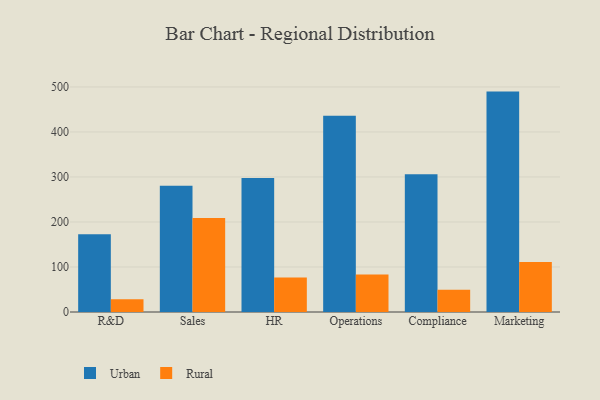
{"axis": {"x": "Department", "y": "Operating Costs (USD K)"}, "legend": ["Rural", "Urban"], "data": [{"x": "R&D", "y": 173.0, "type": "Urban"}, {"x": "R&D", "y": 28.6, "type": "Rural"}, {"x": "Sales", "y": 280.6, "type": "Urban"}, {"x": "Sales", "y": 208.8, "type": "Rural"}, {"x": "HR", "y": 297.5, "type": "Urban"}, {"x": "HR", "y": 76.7, "type": "Rural"}, {"x": "Operations", "y": 435.9, "type": "Urban"}, {"x": "Operations", "y": 83.2, "type": "Rural"}, {"x": "Compliance", "y": 306.1, "type": "Urban"}, {"x": "Compliance", "y": 49.7, "type": "Rural"}, {"x": "Marketing", "y": 489.7, "type": "Urban"}, {"x": "Marketing", "y": 110.9, "type": "Rural"}]}